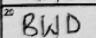
Transcription: BWD